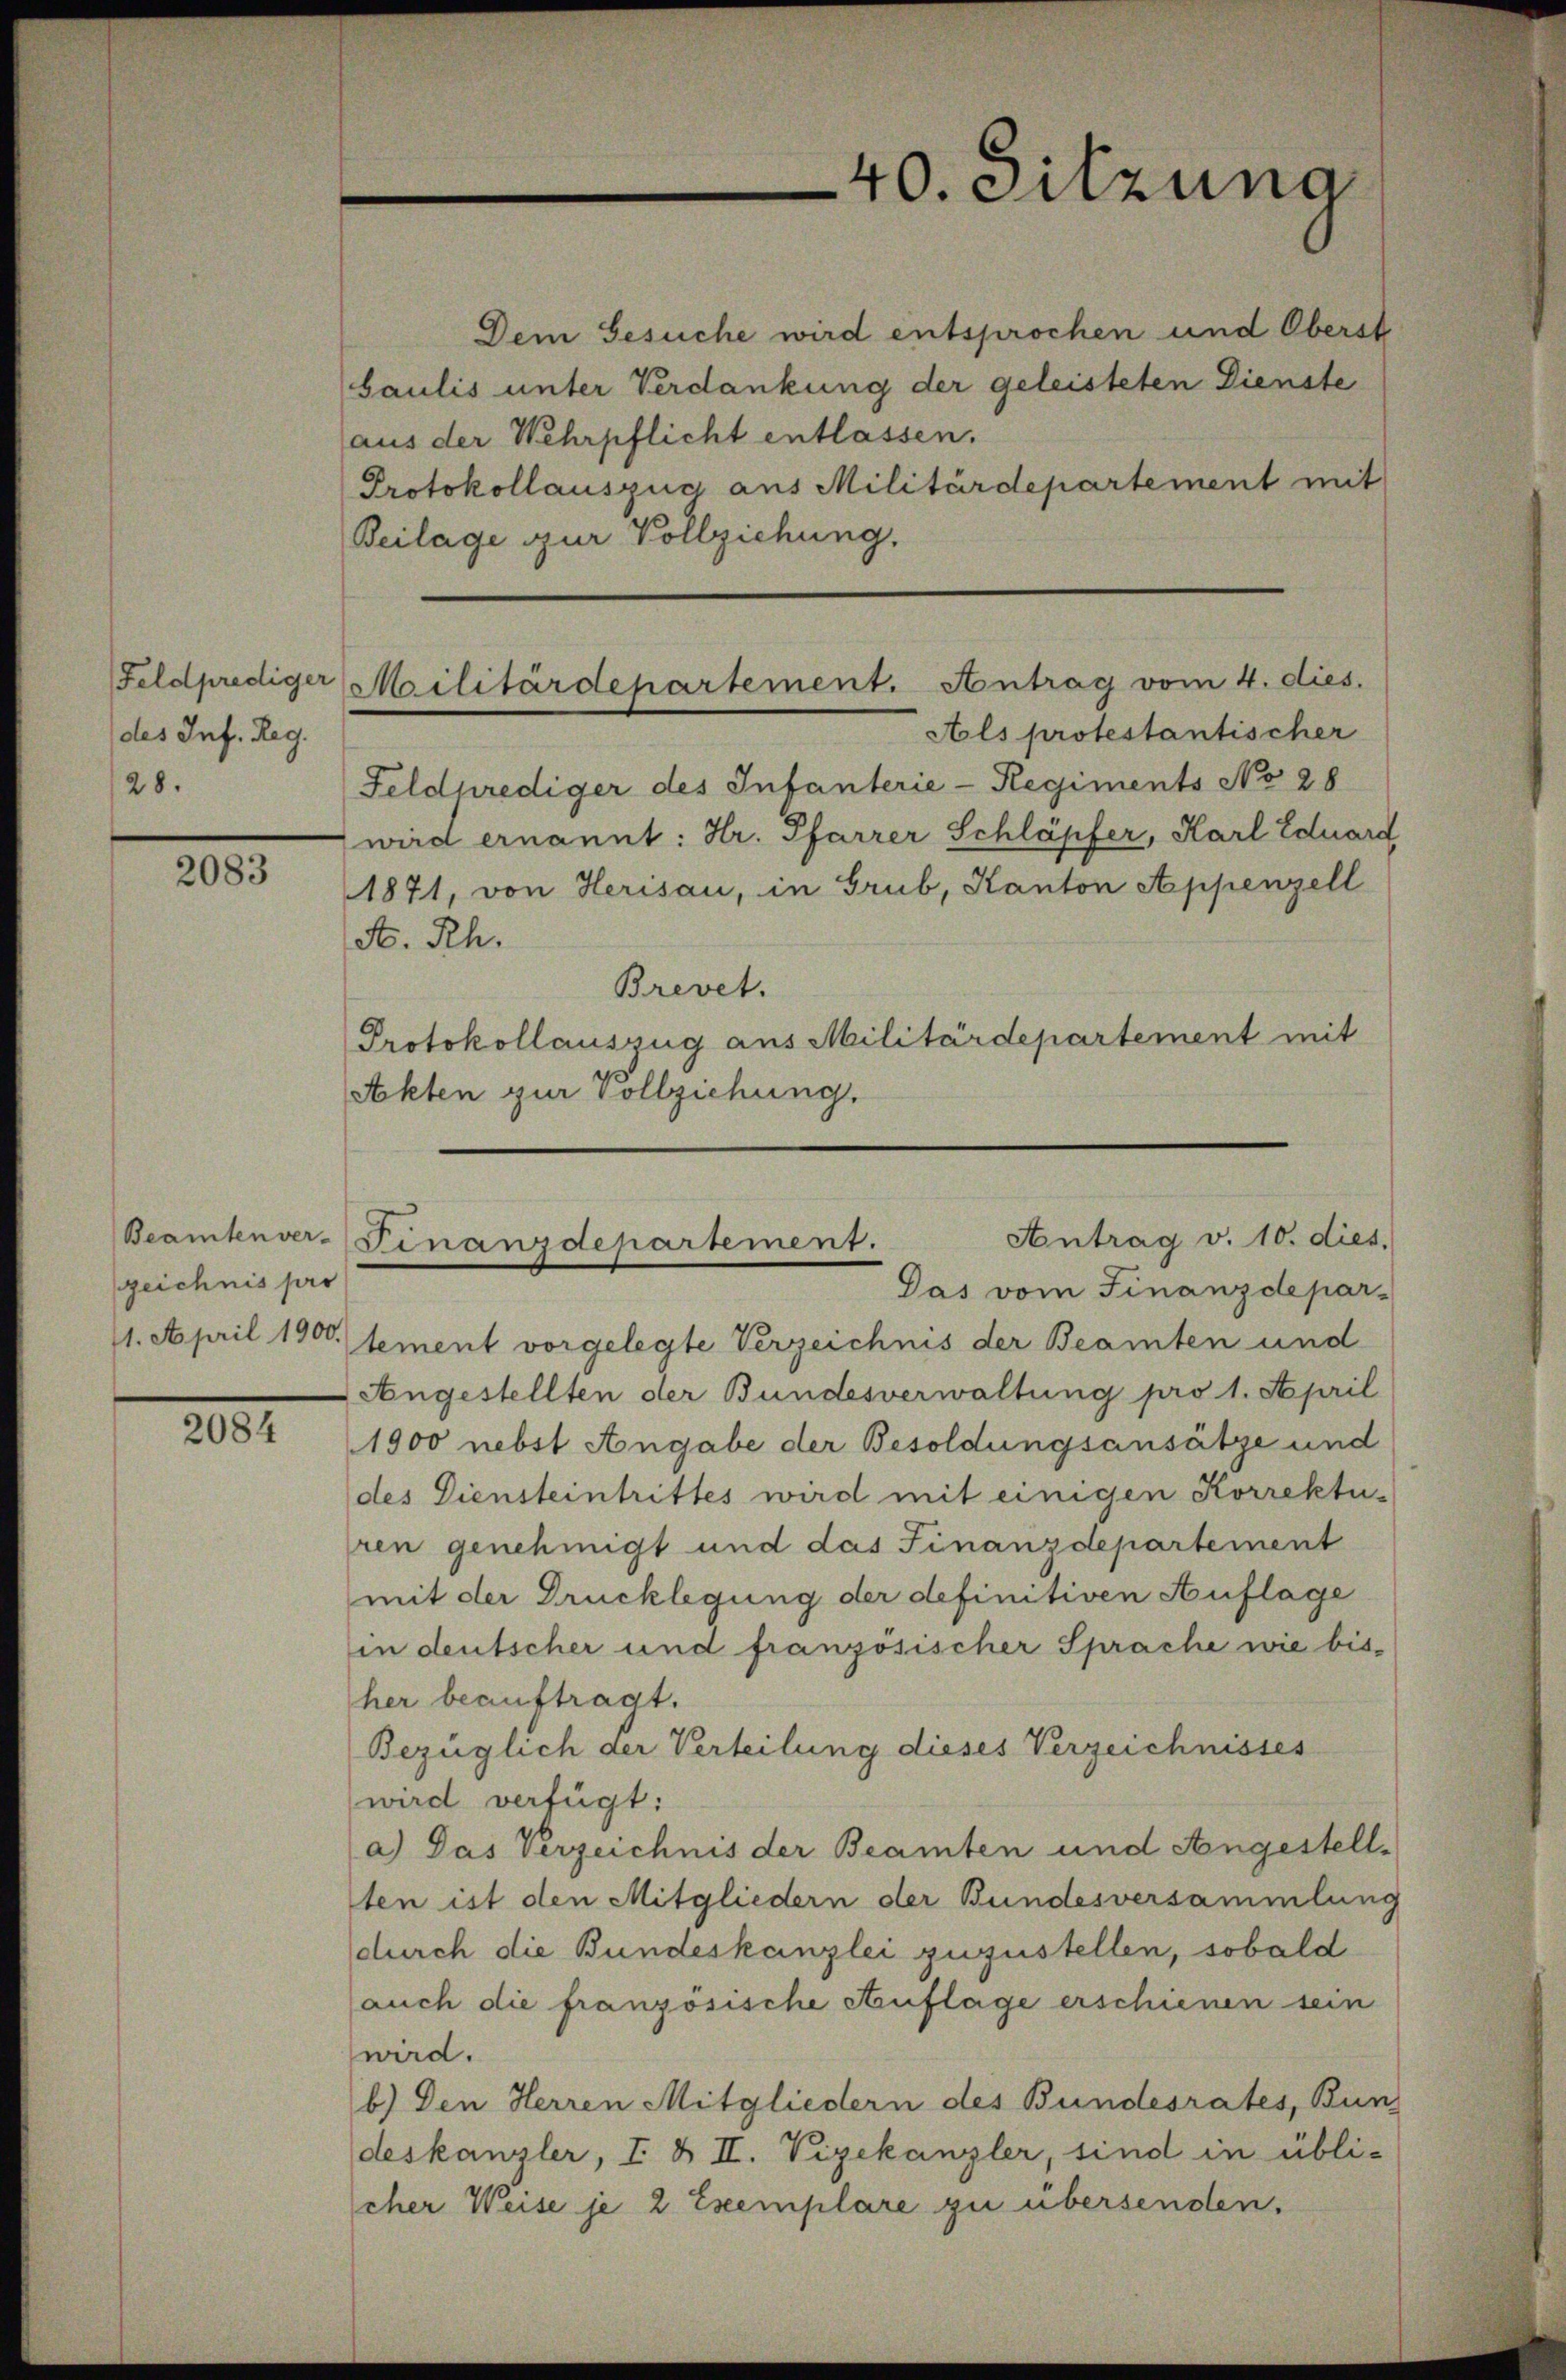
Feldprediger
des Inf. Reg.
28.

2083

zeichnis pro

2084

Dem Gesuche wird entsprochen und Oberst
baulis unter Verdankung der geleisteten Dienste
(aus der Wehrpflicht entlassen.
Protokollauszug aus Militärdepartement mit
Beilage zur Vollziehung.

40. Sitzung

Als protestantischer
Feldprediger des Infanterie-Regiments No 28
wird ernannt: Hr. Pfarrer Schläpfer, Karl Eduard
1871, von Herisau, in Grub, Kanton Appenzell
A. Rh.
Brevet.
Protokollauszug aus Militärdepartement mit
Akten zur Vollziehung.

Militärdepartement. Antrag vom 4. dies.

11. April 1900 sement vorgelegte Verzeichnis der Beamten und
Angestellten der Bundesverwaltung pro 1. April
1900 nebst Angabe der Besoldungsansätze und
des Diensteintrittes wird mit einigen Korrektupren genehmigt und das Finanzdepartement
mit der Drucklegung der definitiven Auflage
in deutscher und französischer Sprache wie bis-
her beauftragt.
Bezüglich der Verteilung dieses Verzeichnisses
wird verfügt:
a) Das Verzeichnis der Beamten und Angestellten ist den Mitgliedern der Bundesversammlung
durch die Bundeskanzlei zuzustellen, sobald
auch die französische Auflage erschienen sein
wird.
b.) Den Herren Mitgliedern des Bundesrates, Bun
deskanzler, I & II. Vizekanzler, sind in übli-
cher Weise je 2 Exemplare zu übersenden.

Antrag v. 10. dies.
Beamtenver-Finanzdepartement.
Das vom Finanzdepar-